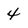
Character: 4